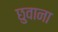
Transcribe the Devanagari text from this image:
छुवाना